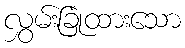
လွှမ်းခြုံထားသော